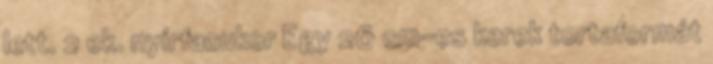
lett. 2 ek. nyírfacukor Egy 26 cm-es kerek tortaformát